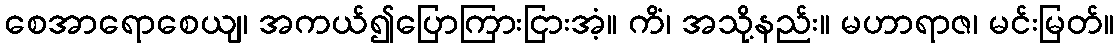
စေအာရောစေယျ၊ အကယ်၍ပြောကြားငြားအံ့။ ကိံ၊ အသို့နည်း။ မဟာရာဇ၊ မင်းမြတ်။